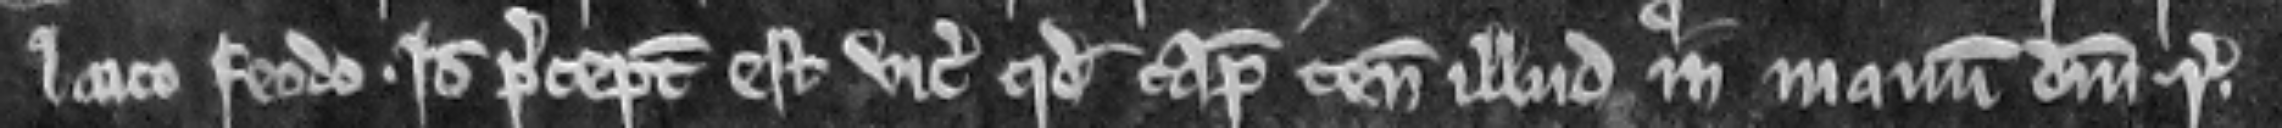
laico feodo. Ideo preceptum est vicecomiti quod capiat tenementum illud in manum domini regis.